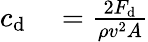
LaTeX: \begin{array}{rl}{c_{\mathrm{d}}}&{{}={\frac{2F_{\mathrm{d}}}{\rho v^{2}A}}}\end{array}